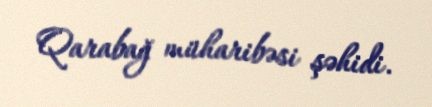
Qarabağ müharibəsi şəhidi.